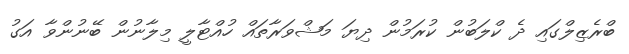
ބްރެޒިލްގައި ދެ ކްލަބުން ކުރަމުން ދިޔަ މަޝްވަރާތައް ހުއްޓާލީ މިލާނުން ބޭނުންވާ އަގު